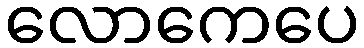
လောကေပေ